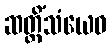
ဆတ္တိံသံယေဝ